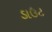
ડાઉટ